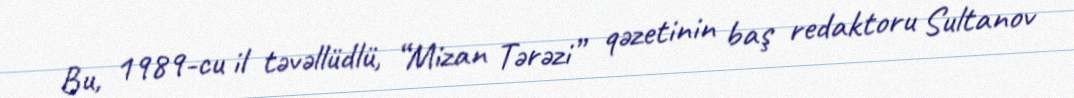
Bu, 1989-cu il təvəllüdlü, “Mizan Tərəzi” qəzetinin baş redaktoru Sultanov